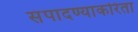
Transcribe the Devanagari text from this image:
संपादण्याकरिता